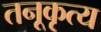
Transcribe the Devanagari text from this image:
तनूकृत्य